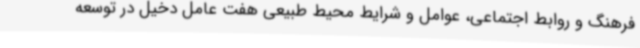
فرهنگ و روابط اجتماعی، عوامل و شرایط محیط طبیعی هفت عامل دخیل در توسعه